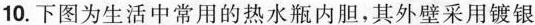
10.下图为生活中常用的热水瓶内胆，其外壁采用镀银